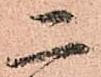
二